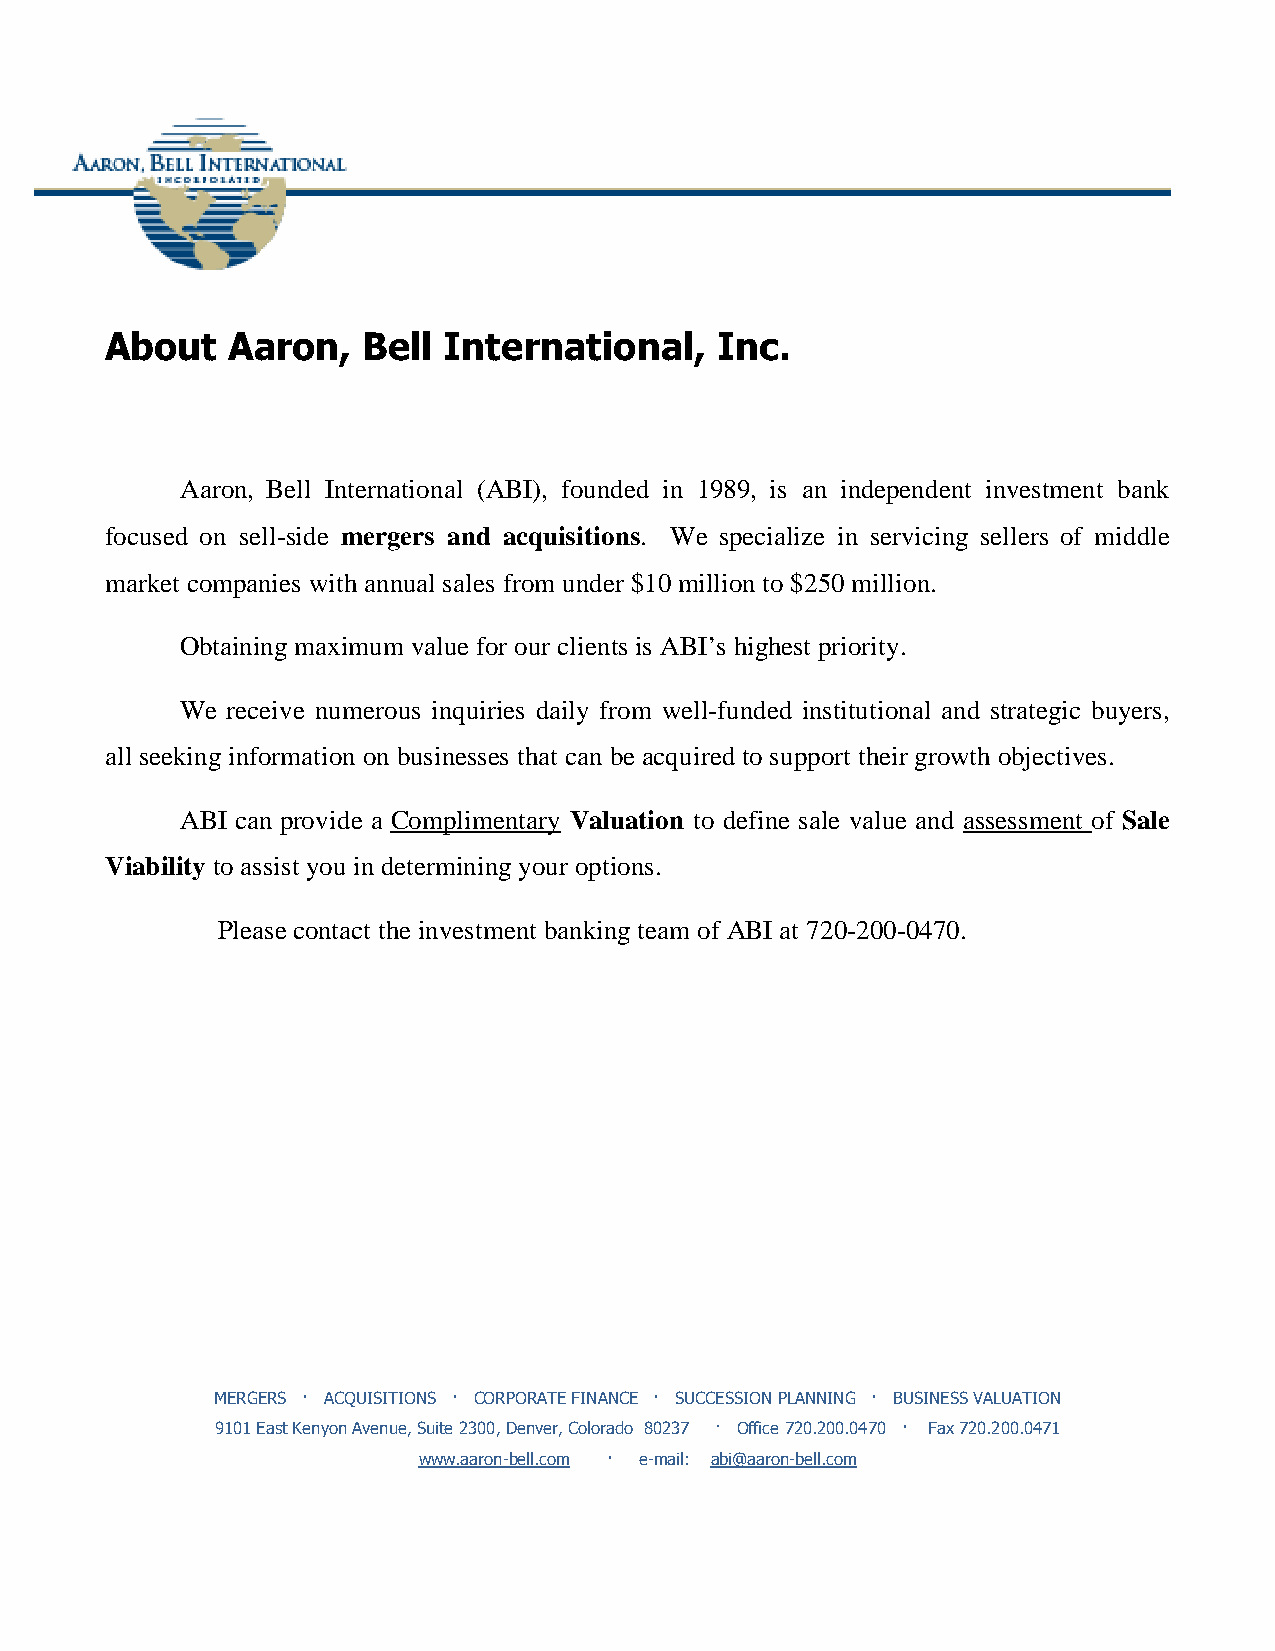
About   Aaron,   Bell International,    Inc.
 Aaron, Bell International (ABI), founded in 1989, is an independent investment bank
 focused on sell-side mergers and acquisitions. We specialize in servicing sellers of middle
 market companies with annual sales from under $10 million to $250 million.
 Obtaining maximum value for our clients is ABI’s highest priority.
 We receive numerous inquiries daily from well-funded institutional and strategic buyers,
 all seeking information on businesses that can be acquired to support their growth objectives.
 ABI can provide a Complimentary Valuation to define sale value and assessment of Sale
 Viability to assist you in determining your options.
 Please contact the investment banking team of ABI at 720-200-0470.
 MERGERS · ACQUISITIONS · CORPORATE FINANCE · SUCCESSION PLANNING · BUSINESS VALUATION
 9101 East Kenyon Avenue, Suite 2300, Denver, Colorado 80237 · Office 720.200.0470 · Fax 720.200.0471
 www.aaron-bell.com · e-mail: abi@aaron-bell.com